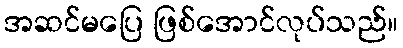
အဆင်မပြေ ဖြစ်အောင်လုပ်သည်။